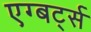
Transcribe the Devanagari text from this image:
एग्बर्ट्स